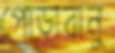
পোড়াবানু